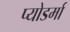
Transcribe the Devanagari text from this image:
प्योडर्मा